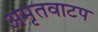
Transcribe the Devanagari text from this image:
अमृतवाटप